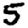
Digit: 5